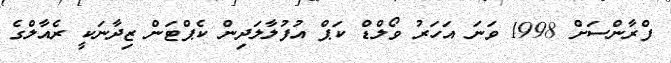
ފްރާންސަށް 1998 ވަނަ އަހަރު ވޯލްޑް ކަޕް އުފުލާލަދިން ކެޕްޓަން ޒިދާނަކީ ރެއާލްގެ